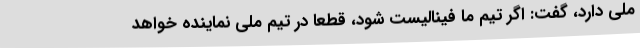
ملی دارد، گفت: اگر تیم ما فینالیست شود، قطعا در تیم ملی نماینده‌ خواهد